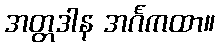
အတ္တဒါန အင်္ဂကထာ။